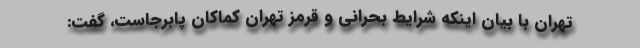
تهران با بیان اینکه شرایط بحرانی و قرمز تهران کماکان پابرجاست، گفت: